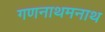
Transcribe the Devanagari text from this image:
गणनाथमनाथ